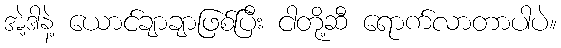
အဲ့ဒါနဲ့ ယောင်ချာချာဖြစ်ပြီး ငါတို့ဆီ ရောက်လာတာပါပဲ။